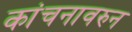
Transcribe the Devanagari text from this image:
कांचनावरुन